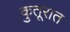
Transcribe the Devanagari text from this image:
कुतूरात